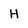
Character: H